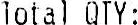
TOTAL QTY: